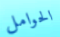
الحوامل